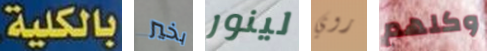
بالكلية. بخير لينور روي وكلهم